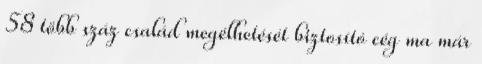
58 több száz család megélhetését biztosító cég ma már